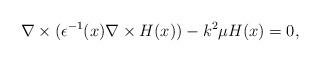
LaTeX: \begin{align*}\nabla\times(\epsilon^{-1}(x)\nabla\times H(x))-k^{2}\mu H(x)=0,\end{align*}